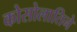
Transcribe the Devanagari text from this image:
कोसोलातिने